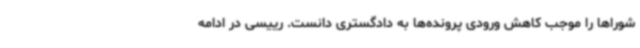
شوراها را موجب کاهش ورودی پرونده‌ها به دادگستری دانست. رییسی در ادامه